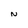
Character: N